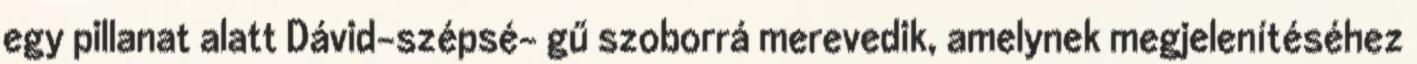
egy pillanat alatt Dávid-szépsé- gű szoborrá merevedik, amelynek megjelenítéséhez